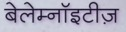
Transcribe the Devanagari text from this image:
बेलेम्नॉइटीज़